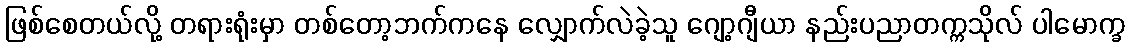
ဖြစ်စေတယ်လို့ တရားရုံးမှာ တစ်တော့ဘက်ကနေ လျှောက်လဲခဲ့သူ ဂျော့ဂျီယာ နည်းပညာတက္ကသိုလ် ပါမောက္ခ